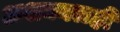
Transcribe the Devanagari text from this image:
अशक्यलही